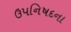
ઉપનિષદના